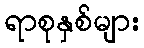
ရာစုနှစ်များ